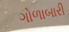
ગોળાબારી